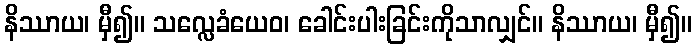
နိဿာယ၊ မှီ၍။ သလ္လေခံယေဝ၊ ခေါင်းပါးခြင်းကိုသာလျှင်။ နိဿာယ၊ မှီ၍။